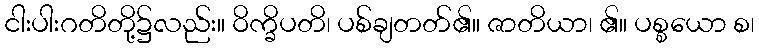
ငါးပါးဂတိတို့၌လည်း။ ဝိက္ခိပတိ၊ ပစ်ချတတ်၏။ ဇာတိယာ၊ ၏။ ပစ္စယော စ၊